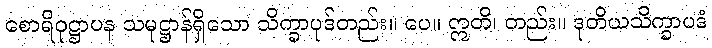
စောရိဝုဋ္ဌာပန သမုဋ္ဌာန်ရှိသော သိက္ခာပုဒ်တည်း။ ပေ။ ဣတိ၊ တည်း။ ဒုတိယသိက္ခာပဒံ